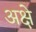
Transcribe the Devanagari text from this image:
अक्षे